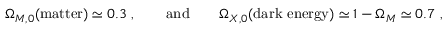
\Omega _ { M , 0 } ( \mathrm { m a t t e r } ) \simeq 0 . 3 ~ , \qquad \mathrm { a n d } \qquad \Omega _ { X , 0 } ( \mathrm { d a r k ~ e n e r g y } ) \simeq 1 - \Omega _ { M } \simeq 0 . 7 ~ ,